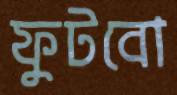
ফুটবো